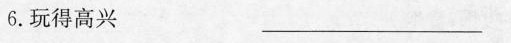
6. 玩得高兴 ____